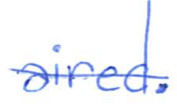
Text: aired.
Cross-out: mix
Writing tool: ballpoint